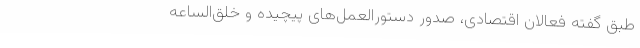
طبق گفته فعالان اقتصادی، صدور دستورالعمل‌های پیچیده و خلق‌الساعه